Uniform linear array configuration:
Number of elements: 4
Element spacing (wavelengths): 0.75
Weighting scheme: kaiser
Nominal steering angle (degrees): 30
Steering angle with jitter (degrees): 30.88
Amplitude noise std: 0.05
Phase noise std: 0.05

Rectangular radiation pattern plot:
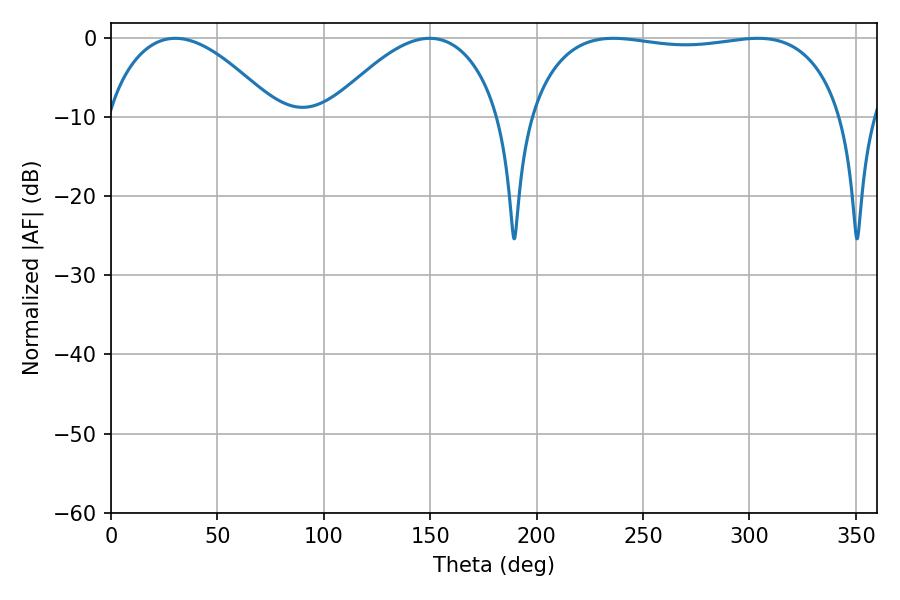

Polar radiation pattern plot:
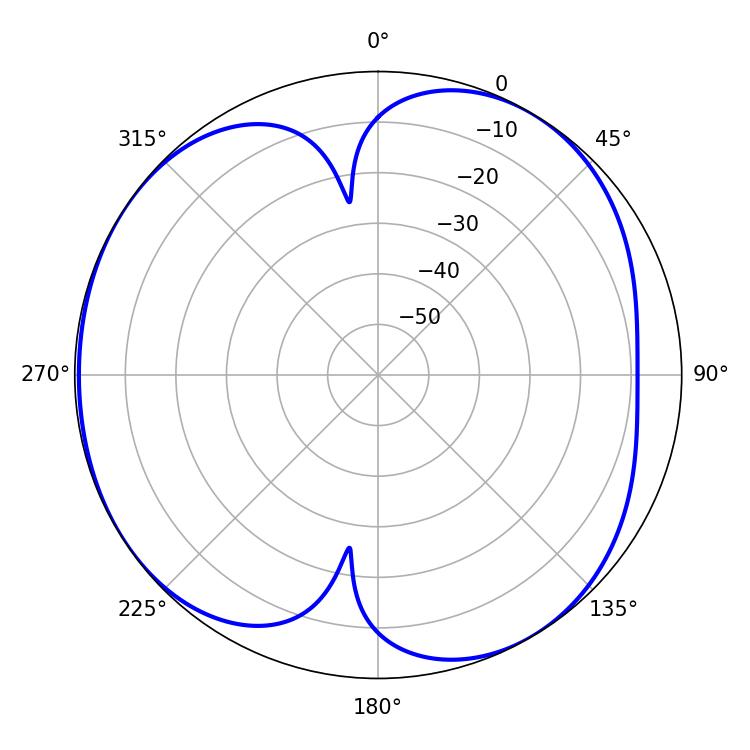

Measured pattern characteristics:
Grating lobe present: TRUE
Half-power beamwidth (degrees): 44.28
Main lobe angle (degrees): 149.76